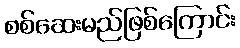
စစ်ဆေးမည်ဖြစ်ကြောင်း